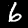
Digit: 6